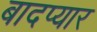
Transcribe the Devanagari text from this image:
बादप्यार